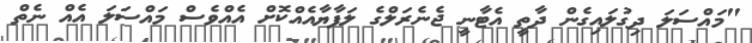
"މައްސަލަ ދިގުލައިގެން ދާތީ އެޓާނީ ޖެނެރަލްގެ ލަފާޔާއެއްކޮށް އެއްވެސް މައްސަލަ އެއް ނެތް